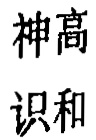
神高
识和